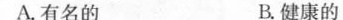
A.有名的 B.健康的